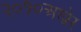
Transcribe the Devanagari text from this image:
२०१०अखेर